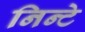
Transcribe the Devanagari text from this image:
निन्टे